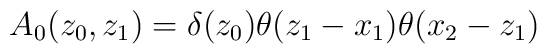
A_{0}(z_{0},z_{1}) = \delta(z_{0}) \theta(z_{1}-x_{1}) \theta(x_{2}-z_{1})